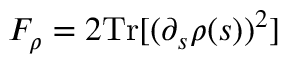
F _ { \rho } = 2 \mathrm { T r } [ ( \partial _ { s } \rho ( s ) ) ^ { 2 } ]